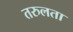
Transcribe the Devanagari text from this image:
तरुलता